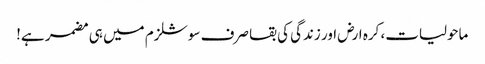
ماحولیات، کرہ ارض اور زندگی کی بقا صرف سوشلزم میں ہی مضمر ہے!